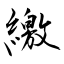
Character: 繳